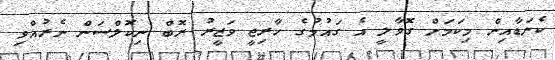
ކެނަޑާއިން މިކަމަށް ގޮވާލީ އެ ގައުމުގެ ހާރިޖީ ވަޒީރު ރޮބް ނިކޮލްސަން ނެރުއްވި